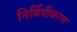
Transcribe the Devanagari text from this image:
निर्विषीकरण